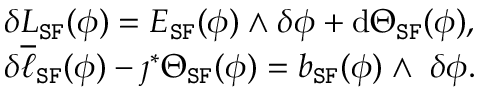
\begin{array} { r l } & { \delta L _ { \mathtt { S F } } ( \phi ) = E _ { \mathtt { S F } } ( \phi ) \wedge \delta \phi + \mathrm { d } \Theta _ { \mathtt { S F } } ( \phi ) , } \\ & { \delta \overline { { \ell } } _ { \mathtt { S F } } ( \phi ) - \jmath ^ { * } \Theta _ { \mathtt { S F } } ( \phi ) = b _ { \mathtt { S F } } ( \phi ) \wedge \; \delta \phi . } \end{array}